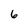
Character: 6